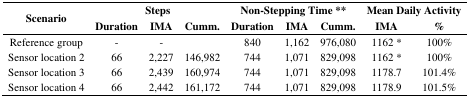
<table><thead><tr><td rowspan="3"><b>Scenario</b></td><td colspan="3"><b>Steps</b></td><td colspan="3"><b>Non-Stepping Time**</b></td><td colspan="2"><b>Mean Daily Activity</b></td></tr><tr><td><b>Duration</b></td><td><b>IMA</b></td><td><b>Cumm.</b></td><td><b>Duration</b></td><td><b>IMA</b></td><td><b>Cumm.</b></td><td><b>IMA</b></td><td><b>%</b></td></tr></thead><tbody><tr><td>Reference group</td><td>-</td><td>-</td><td></td><td>840</td><td>1,162</td><td>976,080</td><td>1162 *</td><td>100%</td></tr><tr><td>Sensor location 2</td><td>66</td><td>2,227</td><td>146,982</td><td>744</td><td>1,071</td><td>829,098</td><td>1162 *</td><td>100%</td></tr><tr><td>Sensor location 3</td><td>66</td><td>2,439</td><td>160,974</td><td>744</td><td>1,071</td><td>829,098</td><td>1178.7</td><td>101.4%</td></tr><tr><td>Sensor location 4</td><td>66</td><td>2,442</td><td>161,172</td><td>744</td><td>1,071</td><td>829,098</td><td>1178.9</td><td>101.5%</td></tr></tbody></table>